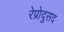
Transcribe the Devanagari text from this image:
रेप्रोदुसद